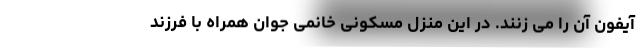
آیفون آن را می زنند. در این منزل مسکونی خانمی جوان همراه با فرزند